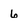
Character: 6